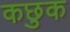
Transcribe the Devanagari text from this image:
कछुक